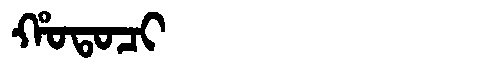
Manchu: ᡥᠣᡨᠣᠴᡳ
Romanization: HOTOCI